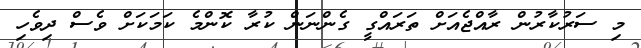
މި ސަރުކާރުން ރާއްޖެއަށް ތަރައްގީ ގެންނަން ކުރާ ކޮންމެ ކަމަކަށް ވެސް ދިވެހި